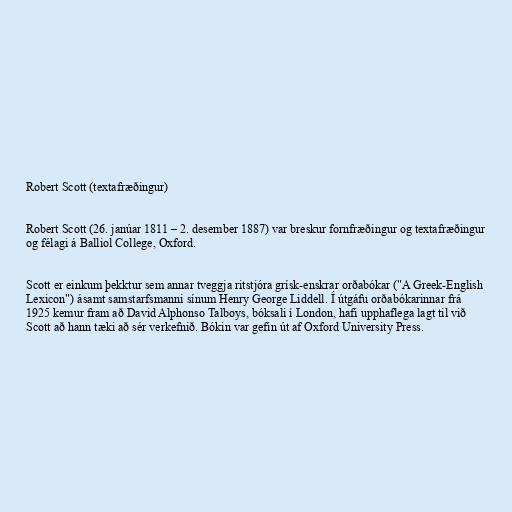
Robert Scott (textafræðingur)

Robert Scott (26. janúar 1811 – 2. desember 1887) var breskur fornfræðingur og textafræðingur
og félagi á Balliol College, Oxford.

Scott er einkum þekktur sem annar tveggja ritstjóra grísk-enskrar orðabókar ("A Greek-English
Lexicon") ásamt samstarfsmanni sínum Henry George Liddell. Í útgáfu orðabókarinnar frá
1925 kemur fram að David Alphonso Talboys, bóksali í London, hafi upphaflega lagt til við
Scott að hann tæki að sér verkefnið. Bókin var gefin út af Oxford University Press.